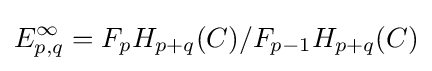
E_{p,q}^{\infty }=F_{p}H_{p+q}(C)/F_{p-1}H_{p+q}(C)